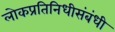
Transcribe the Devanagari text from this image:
लोकप्रतिनिधीसंबंधी